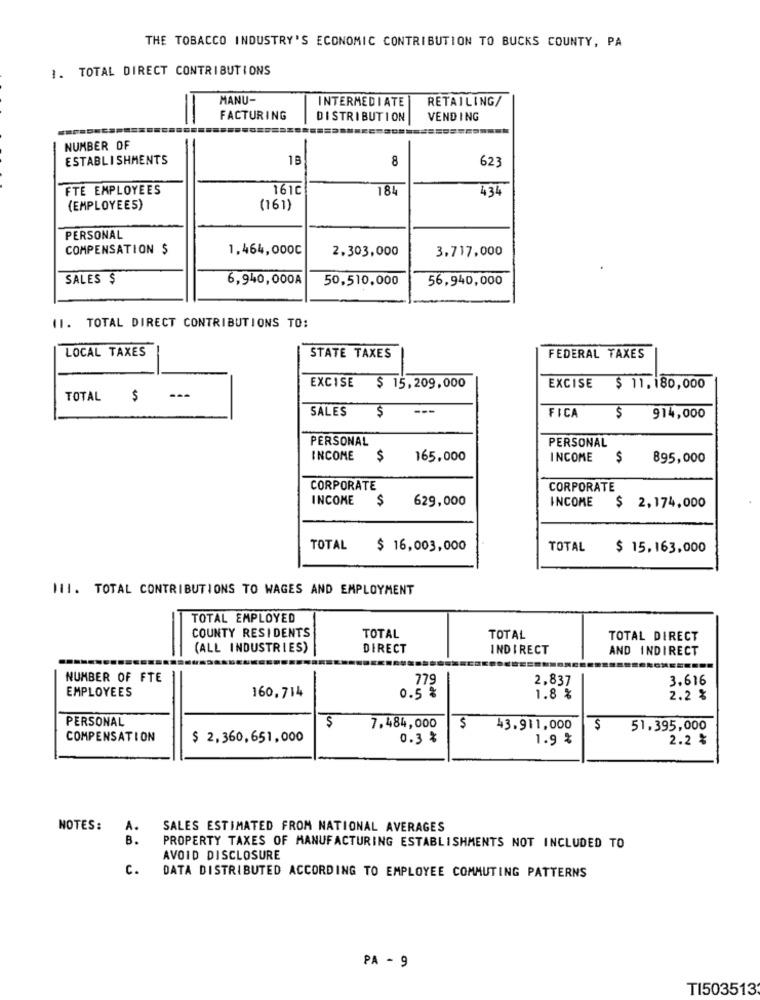
THE TOBACCO INDUSTRY'S ECONOMIC CONTRIBUTION TO BUCKS COUNTY, PA
1. TOTAL DIRECT CONTRIBUTIONS
MANU-
RETAILING/
INTERMEDIATE
FACTURING
DISTRIBUTION
VEND ING
NUMBER OF
ESTABLISHMENTS
1B
8
62.
FTE EMPLOYEES
161C
184
434
(EMPLOYEES)
(161)
PERSONAL
COMPENSATION $
1,464,000℃
2.303,000
3,717,000
SALES $
6,940,000A
50,510,000
56,940,000
11. TOTAL DIRECT CONTRIBUTIONS TO:
LOCAL TAXES
STATE TAXES
FEDERAL TAXES
EXCISE
$ 15,209,000
EXCISE
$ 11.180,000
TOTAL $
---
SALES
$
---
FICA
$
914,000
PERSONAL
PERSONAL
INCOME
$
165,000
INCOME
$
895,000
CORPORATE
CORPORATE
INCOME
$
629,000
INCOME
$ 2,174,000
TOTAL
$ 16,003,000
TOTAL
$ 15,163,000
111. TOTAL CONTRIBUTIONS TO WAGES AND EMPLOYMENT
TOTAL EMPLOYED
COUNTY RESIDENTS
TOTAL
TOTAL
TOTAL DIRECT
(ALL INDUSTRIES)
DIRECT
INDIRECT
AND INDIRECT
NUMBER OF FTE
2,837
3.616
779
EMPLOYEES
160,714
0.5 %
1.8 %
2.2 %
PERSONAL
$
7.484,000
$
43.911,000
$
51,395,000
COMPENSATION
$ 2,360,651,000
0.3 %
1.9 %
2.2 %
NOTES:
A.
SALES ESTIMATED FROM NATIONAL AVERAGES
B.
PROPERTY TAXES OF MANUFACTURING ESTABLISHMENTS NOT INCLUDED TO
AVOID DISCLOSURE
c.
DATA DISTRIBUTED ACCORDING TO EMPLOYEE COMMUTING PATTERNS
PA - 9
TI503513